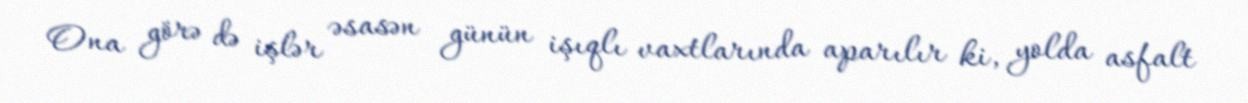
Ona görə də işlər əsasən günün işıqlı vaxtlarında aparılır ki, yolda asfalt